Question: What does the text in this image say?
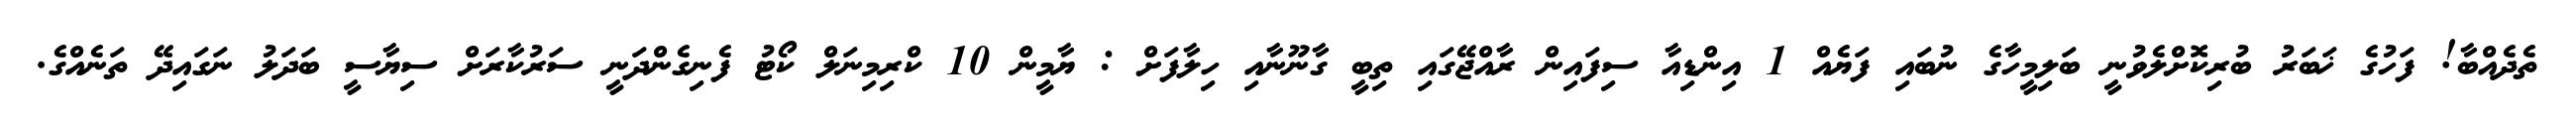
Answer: ތެދެއްބާ! ފަހުގެ ޚަބަރު ބުރިކޮށްލެވުނީ ބަލިމީހާގެ ނުބައި ފަޔެއް 1 އިންޑިއާ ސިފައިން ރާއްޖޭގައި ތިބީ ގާނޫނާއި ހިލާފަށް : ޔާމީން 10 ކްރިމިނަލް ކޯޓު ފެނިގެންދަނީ ސަރުކާރަށް ސިޔާސީ ބަދަލު ނަގައިދޭ ތަނެއްގެ.